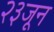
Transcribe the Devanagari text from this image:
२३जून